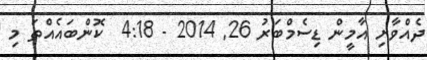
ދެއްވާށި އާމީން ޑިސެމްބަރު 26